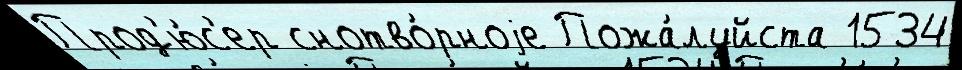
Прод'ю́с'ер снотво́рноjе Пожа́луйста 1534